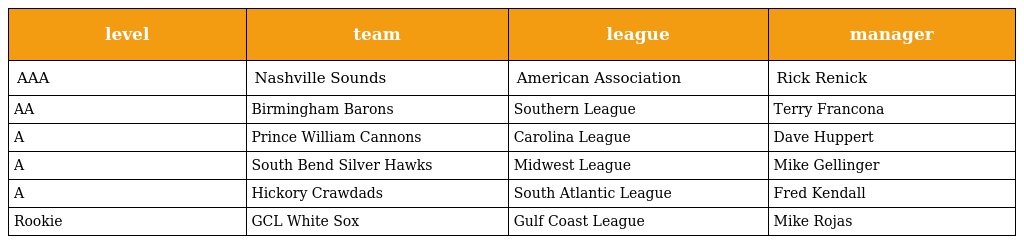
| level | team | league | manager |
 | --- | --- | --- | --- |
 | AAA | Nashville Sounds | American Association | Rick Renick |
 | AA | Birmingham Barons | Southern League | Terry Francona |
 | A | Prince William Cannons | Carolina League | Dave Huppert |
 | A | South Bend Silver Hawks | Midwest League | Mike Gellinger |
 | A | Hickory Crawdads | South Atlantic League | Fred Kendall |
 | Rookie | GCL White Sox | Gulf Coast League | Mike Rojas |